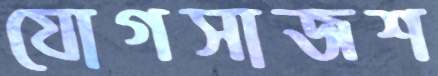
যোগসাজশ